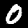
Digit: 0